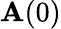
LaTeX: \mathbf{A}(0)